Lunatic asylums Madras 1877-1891 - 1877-1891
Year: 1877
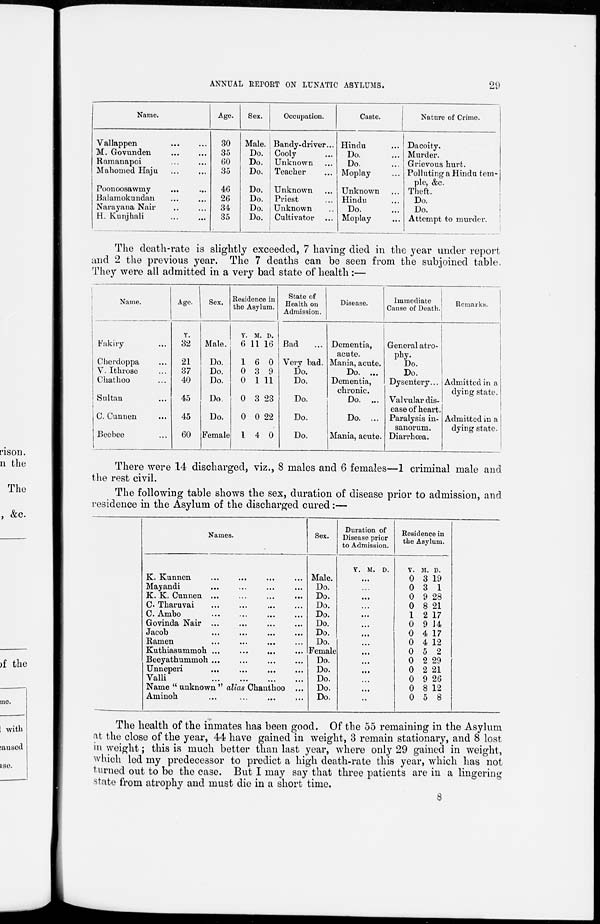
29
ANNUAL REPORT ON LUNATIC ASYLUMS.
Name.
Vallappen ... ...
M. Govunden
...
...
Ramanapoi ... ...
Mahomed Haju ... ...
Poonoosawmy ... ...
Balamokundan ... ...
Narayana Nair .. ...
H. Kunjhali ... ...
Age.
30
35
60
35
46
26
34
35
Sex.
Male.
Do.
Do.
Do.
Do.
Do.
Do.
Do.
Occupation.
Bandy-driver...
Cooly ...
Unknown ...
Teacher ...
Unknown ...
Priest ...
Unknown ...
Cultivator ...
Caste.
Hindu ...
Do. ...
Do. ...
Moplay ...
Unknown ...
Hindu ...
Do. ...
Moplay ...
Nature of Crime.
Dacoity.
Murder.
Grievous hurt.
Polluting a Hindu tem-
ple, &c.
Theft.
Do.
Do.
Attempt to murder.
The death-rate is slightly exceeded, 7 having died in the year under report
and 2 the previous year. The 7 deaths can be seen from the subjoined table.
They were all admitted in a very bad state of health :—
Name.
Fakiry ...
Cherdoppa ...
V. Ithrose ...
Chathoo ...
Sultan ...
C. Cunnen ...
Beebee ...
Age.
Y.
32
21
37
40
45
45
60
Sex.
Male.
Do.
Do.
Do.
Do.
Do.
Female
Residence in
the Asylum.
Y.
6
1
0
0
0
0
1
M.
11
6
3
1
3
0
4
D.
16
0
9
11
23
22
0
State of
Health on
Admission.
Bad ...
Very bad.
Do.
Do.
Do.
Do.
Do.
Disease.
Dementia,
acute.
Mania, acute.
Do. ...
Dementia,
chronic.
Do. ...
Do. ...
Mania, acute.
Immediate
Cause of Death.
General atro-
phy.
Do.
Do.
Dysentery...
Valvular dis-
ease of heart.
Paralysis in-
sanorum.
Diarrhœa.
Remarks.
Admitted in a
dying state.
Admitted in a
dying state.
There were 14 discharged, viz., 8 males and 6 females—1 criminal male and
the rest civil.
The following table shows the sex, duration of disease prior to admission, and
residence in the Asylum of the discharged cured:—
Names.
K. Kunnen ... ... ... ...
Mayandi ... ... ... ...
K. K. Cunnen ... ... ... ...
C. Tharuvai ... ... ... ...
C. Ambo ... ... ... ...
Govinda Nair ... ... ... ...
Jacob ... ... ... ...
Ramen ... ... ... ...
Kuthiasummoh ... ... ... ...
Beeyathummoh ... ... ... ...
Unneperi ... ... ... ...
Valli ... ... ... ...
Name "unknown " alias Chanthoo ...
Aminoh ... ... ... ...
Sex.
Male.
Do.
Do.
Do.
Do.
Do.
Do.
Do.
Female
Do.
Do.
Do.
Do.
Do.
Duration of
Disease prior
to Admission.
Y. M.
...
...
...
...
...
...
...
...
...
...
...
...
...
..
D.
Residence in
the Asylum.
Y.
0
0
0
0
1
0
0
0
0
0
0
0
0
0
M.
3
3
9
8
2
9
4
4
5
2
2
9
8
5
D.
19
1
28
21
17
14
17
12
2
29
21
26
12
8
The health of the inmates has been good. Of the 55 remaining in the Asylum
at the close of the year, 44 have gained in weight, 3 remain stationary, and 8 lost
in weight; this is much better than last year, where only 29 gained in weight,
which led my predecessor to predict a high death-rate this year, which has not
turned out to be the case. But I may say that three patients are in a lingering
state from atrophy and must die in a short time.
8